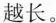
越长。